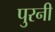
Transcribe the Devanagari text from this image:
पुरनी